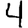
Digit: 4